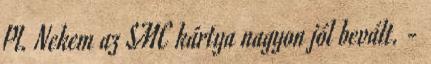
Pl. Nekem az SMC kártya nagyon jól bevált. -